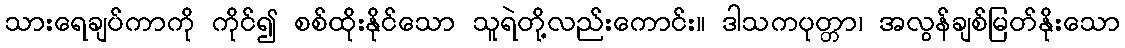
သားရေချပ်ကာကို ကိုင်၍ စစ်ထိုးနိုင်သော သူရဲတို့လည်းကောင်း။ ဒါသကပုတ္တာ၊ အလွန်ချစ်မြတ်နိုးသော